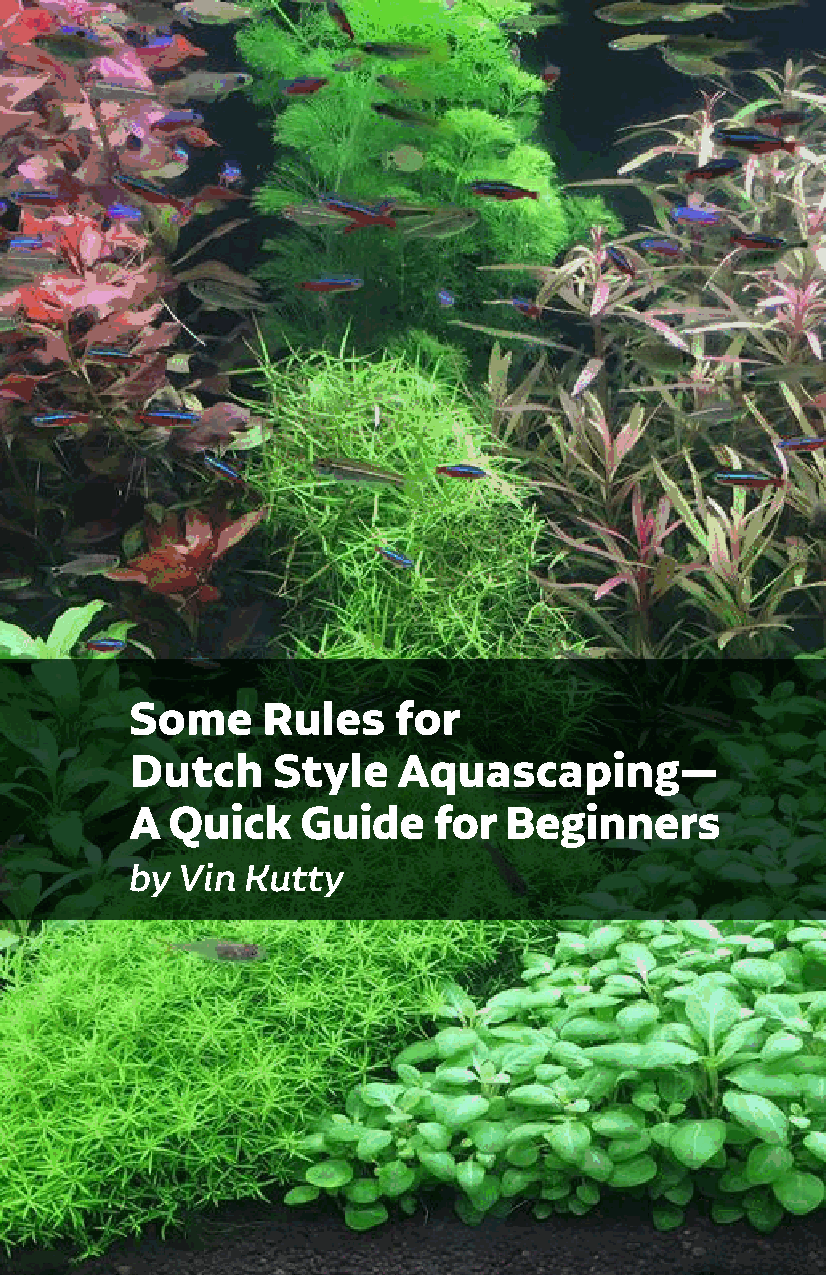
Some    Rules    for
 Dutch    Style   Aquascaping—
 A Quick    Guide    for Beginners
 by Vin Kutty